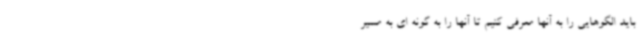
باید الگوهایی را به آنها معرفی کنیم تا آنها را به گونه ای به مسیر